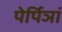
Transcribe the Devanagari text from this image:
पेर्पिञां